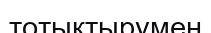
тотықтырумен